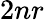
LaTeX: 2nr